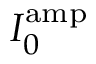
I _ { 0 } ^ { \mathrm { a m p } }